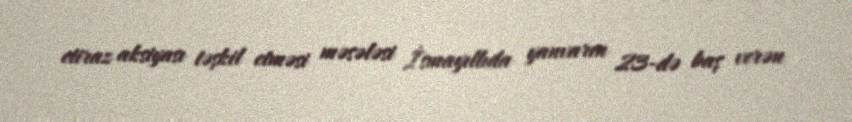
etiraz aksiyası təşkil etməsi məsələsi İsmayıllıda yanvarın 23-də baş verən